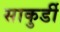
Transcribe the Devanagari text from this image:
साकुर्डी